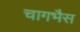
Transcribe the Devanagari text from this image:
चागभैस